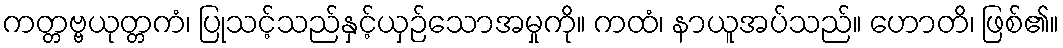
ကတ္တဗ္ဗယုတ္တကံ၊ ပြုသင့်သည်နှင့်ယှဉ်သောအမှုကို။ ကထံ၊ နာယူအပ်သည်။ ဟောတိ၊ ဖြစ်၏။